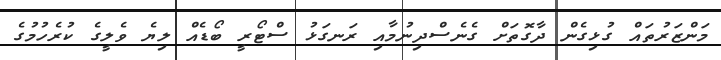
މަންޒަރުތައް ގުޅިގެން ދާގޮތަށް ގެނެސްދިނުމާއި ރަނގަޅު ސްޓޯރީ ބޯޑެއް ލިޔެ ވެލީގެ ކުރެހުމުގެ